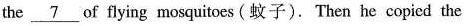
the\underline{ 7 }of flying mosquitoes (蚊子).Then he copied the